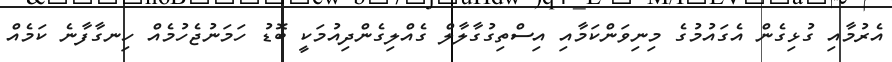
އެރުމާއި ގުޅިގެން އެގައުމުގެ މިނިވަންކަމާއި އިސްތިގުގާލާލް ގެއްލިގެންދިއުމަކީ ބޮޑު ހަމަނުޖެހުމެއް ހިނގާފާނެ ކަމެއް